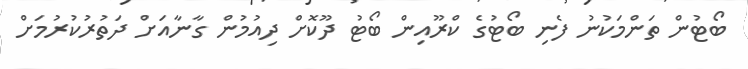
ބޯޓުން ތަންމަކުނު ފެނި ބޯޓުގެ ކްރޫއިން ބޯޓު ދޫކޮށް ދިއުމުން ގާނާއަށް ދަތުރުކުރުމަށް